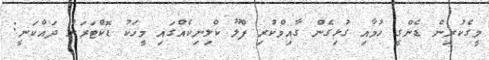
މީގެކުރިން ޑެންގީ ހުމާއި ގުޅިގެން ގާއިމްކުރި ފްލޫ ކްލިނިކެއްގައި މީހަކު ޑޮކްޓަރަށް ދައްކަނީ: